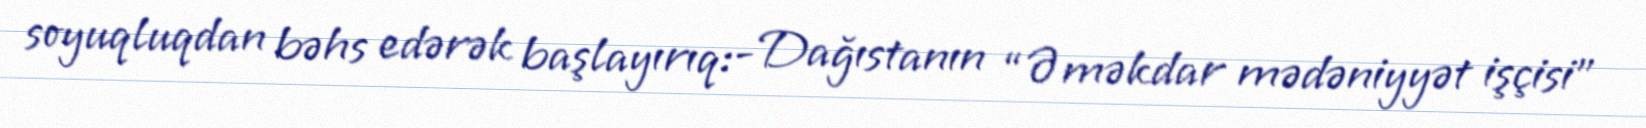
soyuqluqdan bəhs edərək başlayırıq:- Dağıstanın “Əməkdar mədəniyyət işçisi”